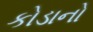
કોડાનો